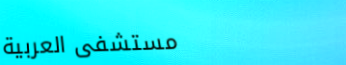
مستشفى العربية